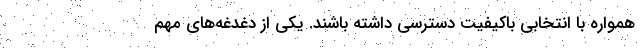
همواره با انتخابی باکیفیت دسترسی داشته باشند. یکی از دغدغه‌های مهم